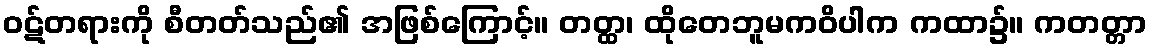
ဝဋ်တရားကို စီတတ်သည်၏ အဖြစ်ကြောင့်။ တတ္ထ၊ ထိုတေဘူမကဝိပါက ကထာ၌။ ကတတ္တာ